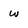
Character: w